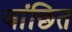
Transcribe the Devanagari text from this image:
बांछित